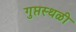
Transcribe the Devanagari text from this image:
गुप्तस्थळी